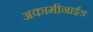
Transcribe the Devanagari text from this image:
अकामीनाईड